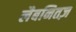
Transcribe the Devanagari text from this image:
लैबनितज़